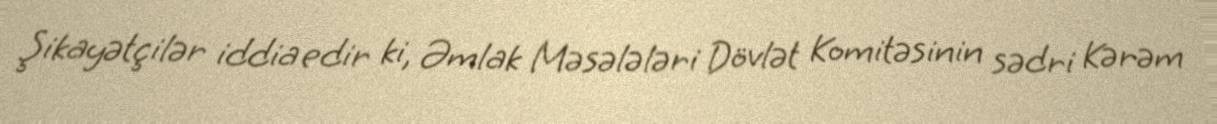
Şikayətçilər iddia edir ki, Əmlak Məsələləri Dövlət Komitəsinin sədri Kərəm